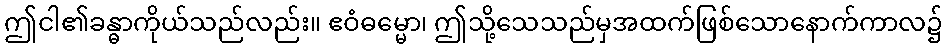
ဤငါ၏ခန္ဓာကိုယ်သည်လည်း။ ဧဝံဓမ္မော၊ ဤသို့သေသည်မှအထက်ဖြစ်သောနောက်ကာလ၌